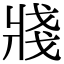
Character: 𤖆